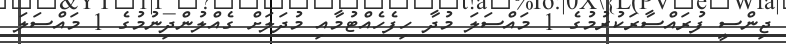
ޖިންސީ ފުރައްސާރަކުރުމުގެ 1 މައްސަލަ މުދާ ހިފެހެއްޓުމާއި މުދަލަށް ގެއްލުންދިނުމުގެ 1 މައްސަލަ